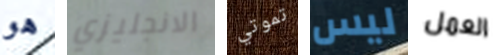
هو الانجليزي تموتي ليس العمل